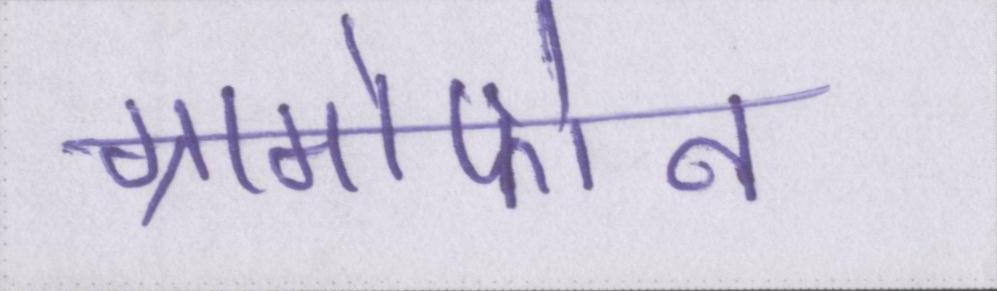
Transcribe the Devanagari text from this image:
ग्रामोफोन